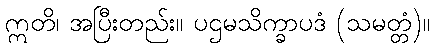
ဣတိ၊ အပြီးတည်း။ ပဌမသိက္ခာပဒံ (သမတ္တံ)။